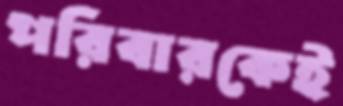
পরিবারকেই